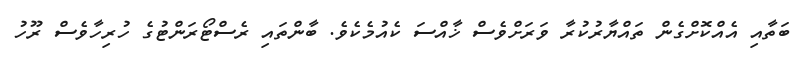
ބަތާއި އެއްކޮށްގެން ތައްޔާރުކުރާ ވަރަށްވެސް ޚާއްސަ ކެއުމެކެވެ. ބާންތައި ރެސްޓޯރަންޓުގެ ހުރިހާވެސް ރޫހު